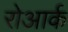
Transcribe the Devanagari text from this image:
रोआर्क